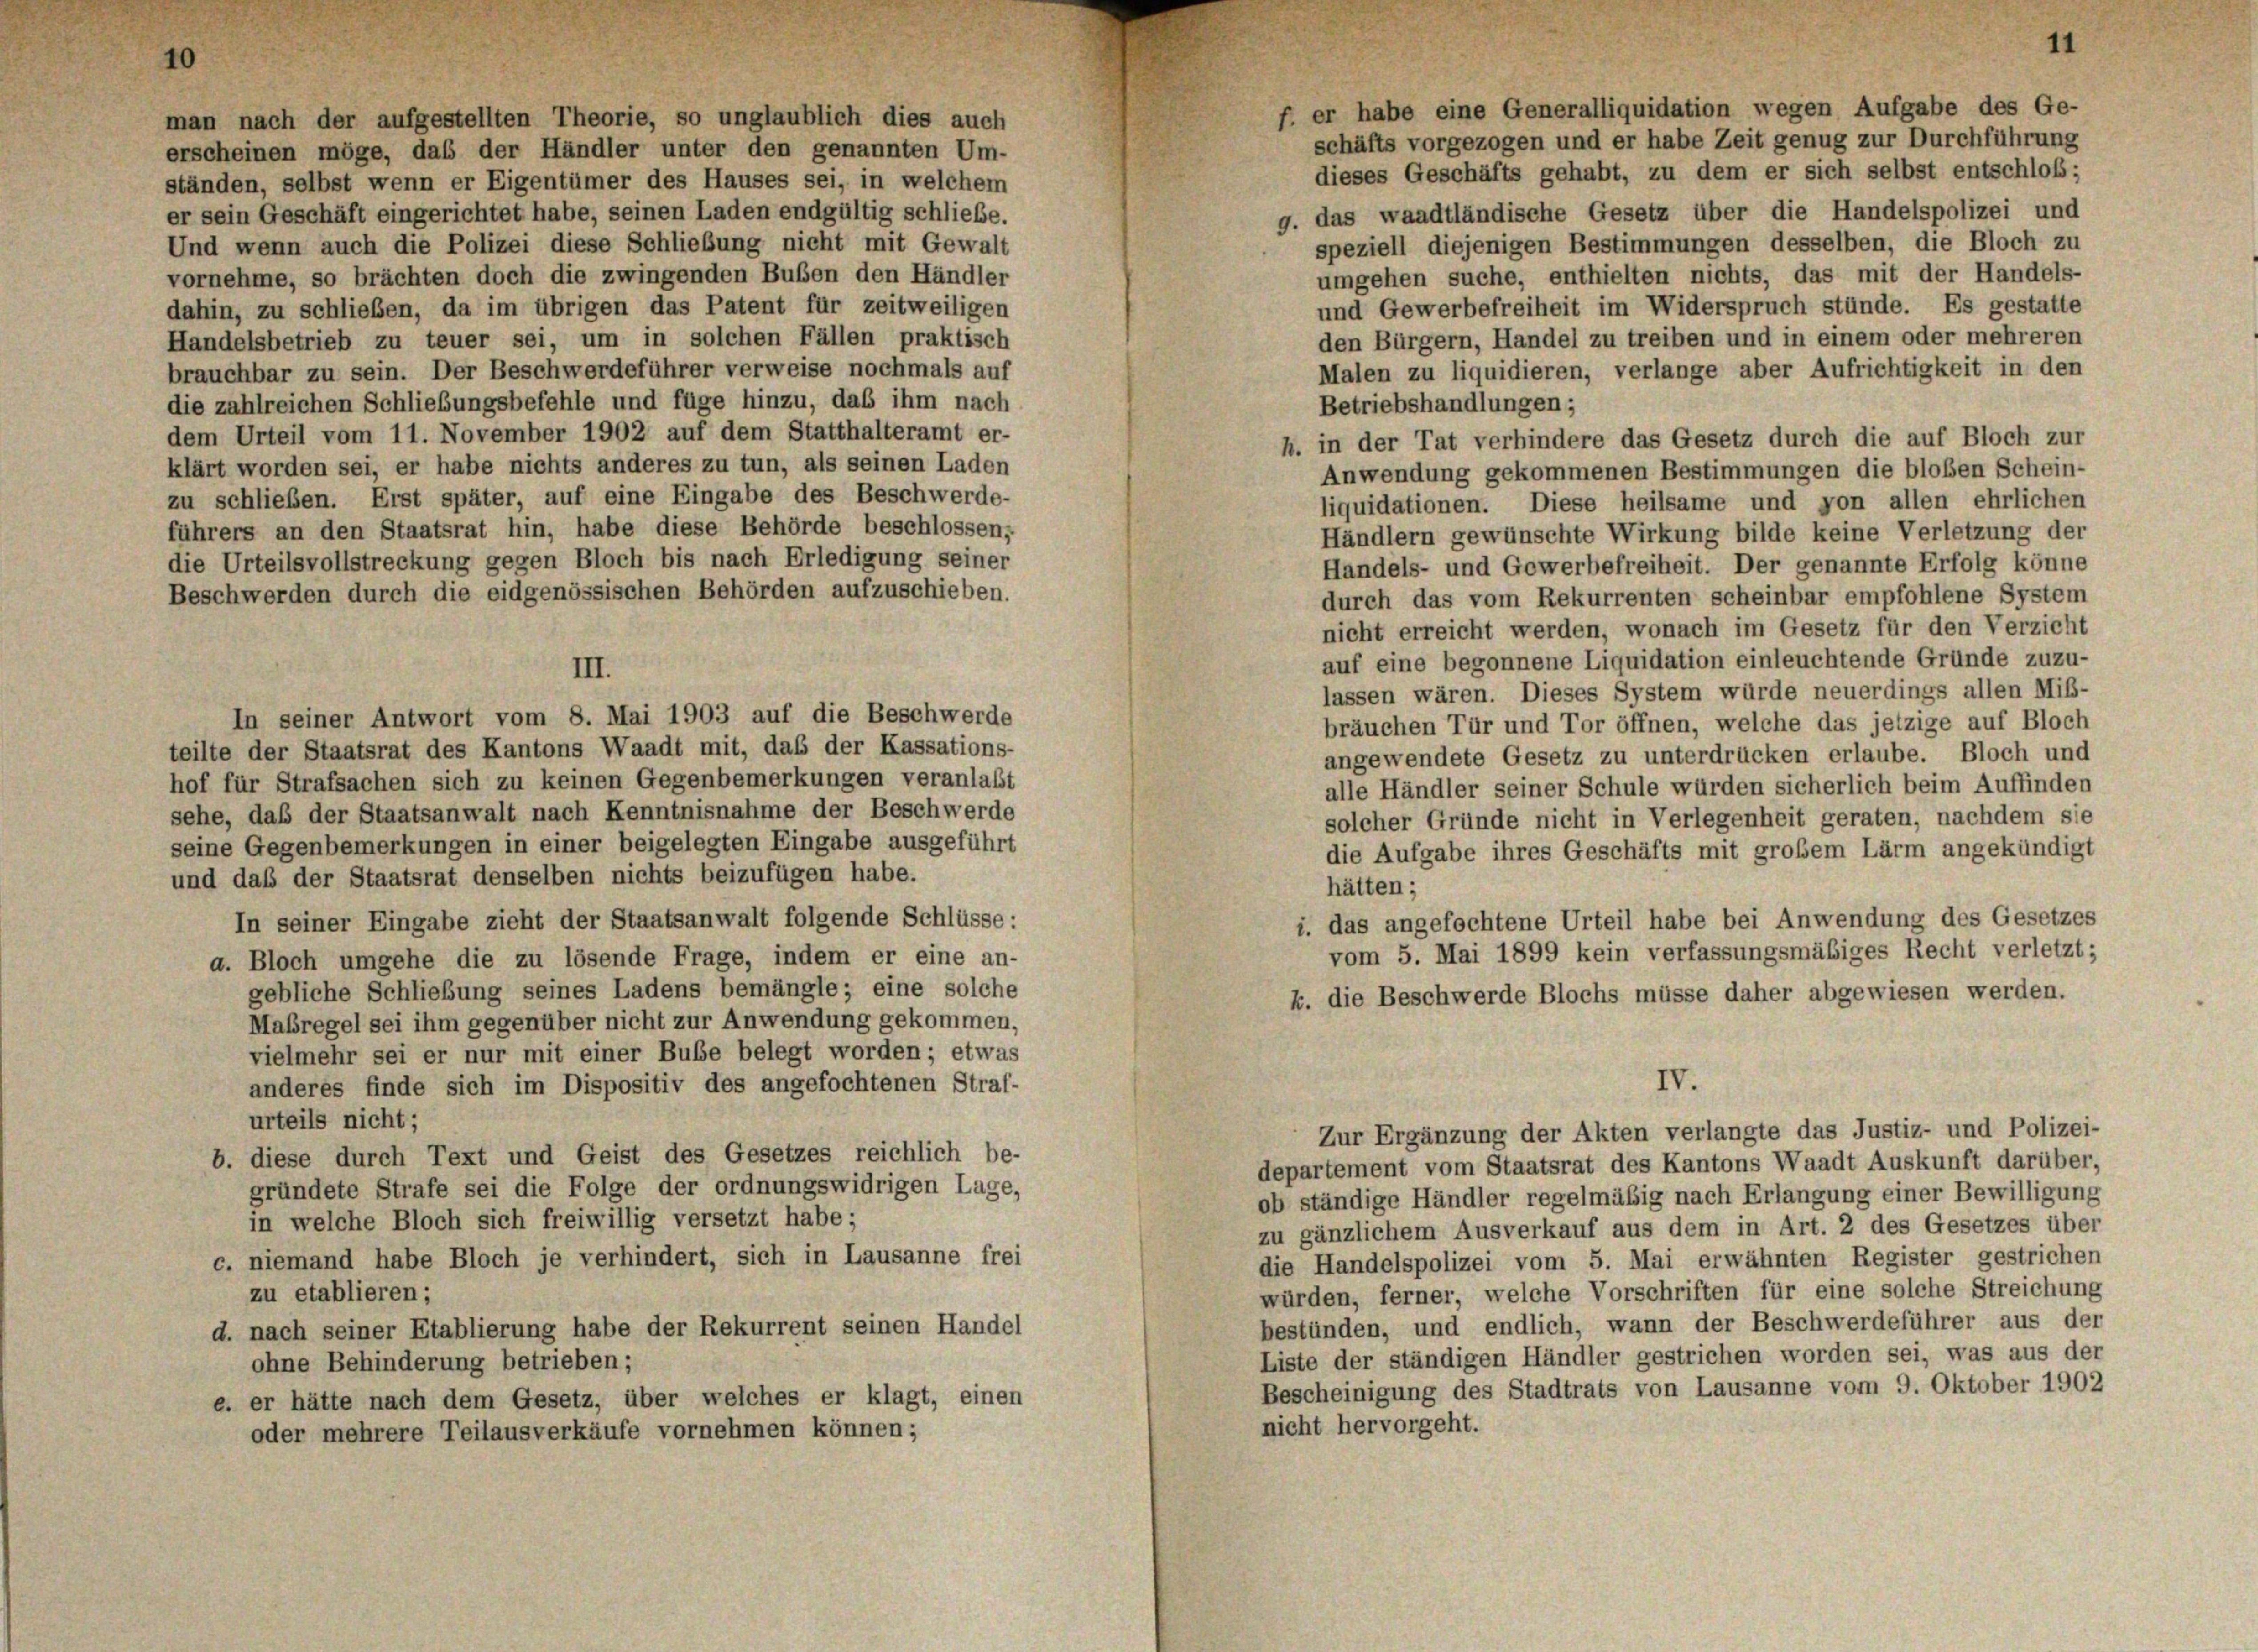
man nach der aufgestellten Theorie, so unglaublich dies auch
erscheinen möge, daß der Händler unter den genannten Um-

f. er habe eine Generalliquidation wegen Aufgabe des Ge-
schäfts vorgezogen und er habe Zeit genug zur Durchführung
dieses Geschäfts gehabt, zu dem er sich selbst entschloß;
ständen, selbst wenn er Eigentümer des Hauses sei, in welchem
g. das waadtländische Gesetz über die Handelspolizei und
er sein Geschäft eingerichtet habe, seinen Laden endgültig schließe.
speziell diejenigen Bestimmungen desselben, die Bloch zu
Und wenn auch die Polizei diese Schließung nicht mit Gewalt
umgehen suche, enthielten nichts, das mit der Handels-
vornehme, so brächten doch die zwingenden Buben den Händler
und Gewerbefreiheit im Widerspruch stünde. Es gestatte
dahin, zu schließen, da im übrigen das Patent für zeitweiligen
den Bürgern, Handel zu treiben und in einem oder mehreren
Handelsbetrieb zu teuer sei, um in solchen Fällen praktisch
Malen zu liquidieren, verlange aber Aufrichtigkeit in den
brauchbar zu sein. Der Beschwerdeführer verweise nochmals auf
die zahlreichen Schließungsbefehle und füge hinzu, daß ihm nach
Betriebshandlungen;
dem Urteil vom 11. November 1902 auf dem Statthalteramt er-
h. in der Tat verhindere das Gesetz durch die auf Bloch zur
klärt worden sei, er habe nichts anderes zu tun, als seinen Laden
Anwendung gekommenen Bestimmungen die bloben Schein-
zu schließen. Erst später, auf eine Eingabe des Beschwerde-
liquidationen. Diese heilsame und von allen ehrlichen
führers an den Staatsrat hin, habe diese Behörde beschlossen,
Händlern gewünschte Wirkung bilde keine Verletzung der
die Urteilsvollstreckung gegen Bloch bis nach Erledigung seiner
Handels- und Gewerbefreiheit. Der genannte Erfolg könne
Beschwerden durch die eidgenössischen Behörden aufzuschieben.
durch das vom Rekurrenten scheinbar empfohlene System
nicht erreicht werden, wonach im Gesetz für den Verzicht
auf eine begonnene Liquidation einleuchtende Gründe zuzu-
lassen wären. Dieses System würde neuerdings allen Miß-
In seiner Antwort vom 8. Mai 1903 auf die Beschwerde
bräuchen Tür und Tor öffnen, welche das jetzige auf Bloch
teilte der Staatsrat des Kantons Waadt mit, das der Kassations-
angewendete Gesetz zu unterdrücken erlaube. Bloch und
hof für Strafsachen sich zu keinen Gegenbemerkungen veranlaßt
alle Händler seiner Schule würden sicherlich beim Auffinden
sehe, daß der Staatsanwalt nach Kenntnisnahme der Beschwerde
solcher Gründe nicht in Verlegenheit geraten, nachdem sie
seine Gegenbemerkungen in einer beigelegten Eingabe ausgeführt
die Aufgabe ihres Geschäfts mit großem Lärm angekündigt
und daß der Staatsrat denselben nichts beizufügen habe.
hätten;
In seiner Eingabe zieht der Staatsanwalt folgende Schlüsse:
i. das angefochtene Urteil habe bei Anwendung des Gesetzes
vom 5. Mai 1899 kein verfassungsmäßiges Recht verletzt;
a. Bloch umgehe die zu lösende Frage, indem er eine an-
gebliche Schließung seines Ladens bemängle; eine solche
k. die Beschwerde Blochs müsse daher abgewiesen werden.
Maßregel sei ihm gegenüber nicht zur Anwendung gekommen,
vielmehr sei er nur mit einer Bube belegt worden; etwas
IV.
anderes finde sich im Dispositiv des angefochtenen Straf-
urteils nicht;
Zur Ergänzung der Akten verlangte das Justiz- und Polizei-
b. diese durch Text und Geist des Gesetzes reichlich be-
departement vom Staatsrat des Kantons Waadt Auskunft darüber,
gründete Strafe sei die Folge der ordnungswidrigen Lage,
ob ständige Händler regelmäßig nach Erlangung einer Bewilligung
in welche Bloch sich freiwillig versetzt habe;
zu gänzlichem Ausverkauf aus dem in Art. 2 des Gesetzes über
c. niemand habe Bloch je verhindert, sich in Lausanne frei
die Handelspolizei vom 5. Mai erwähnten Register gestrichen
würden, ferner, welche Vorschriften für eine solche Streichung
zu etablieren;
bestünden, und endlich, wann der Beschwerdeführer aus der
d. nach seiner Etablierung habe der Rekurrent seinen Handel
Liste der ständigen Händler gestrichen worden sei, was aus der
ohne Behinderung betrieben;
Bescheinigung des Stadtrats von Lausanne vom 9. Oktober 1902
e. er hätte nach dem Gesetz, über welches er klagt, einen
nicht hervorgeht.
oder mehrere Teilausverkäufe vornehmen können;

III.